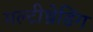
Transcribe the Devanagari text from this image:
मल्टीथ्रेडिंग